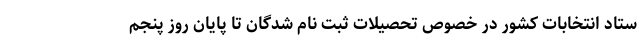
ستاد انتخابات کشور در خصوص تحصیلات ثبت نام شدگان تا پایان روز پنجم